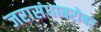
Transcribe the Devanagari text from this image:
जरासंधाबरोबर